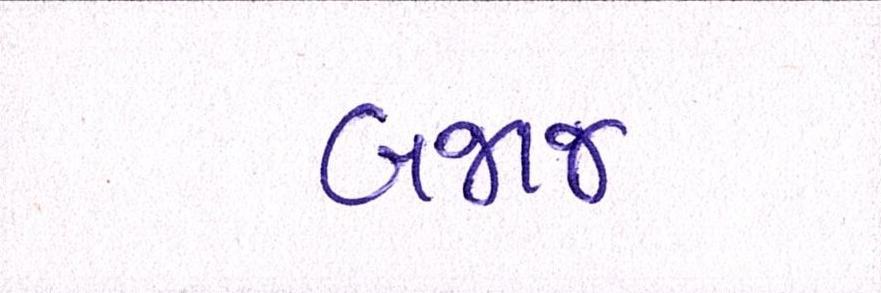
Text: બજાજ